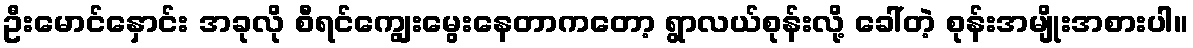
ဦးမောင်နှောင်း အခုလို စီရင်ကျွေးမွေးနေတာကတော့ ရွာလယ်စုန်းလို့ ခေါ်တဲ့ စုန်းအမျိုးအစားပါ။